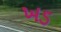
ખડ